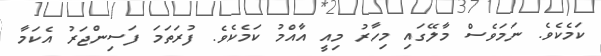
ކަމެކެވެ. ނަމަވެސް މާލޭގައި މިހާރު މިއީ އާއްމު ކަމެކެވެ. ފުރަތަމަ ފަސިންޖަރު އެކަމާ